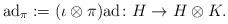
LaTeX: \begin{align*}\mathrm{ad}_\pi := (\iota\otimes\pi)\mathrm{ad}\colon H \to H \otimes K.\end{align*}